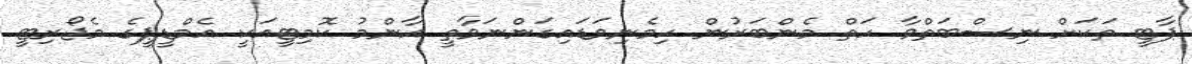
ޕާޓީ ތަކަށް ނިސްބަތްވާ ހަތް މެންބަރުން ހިމެނިވަޑައިގަންނަވާތީ އާންމު ކޮމިޓީއަކީ އެމްޑީޕީގެ މެޖޯރިޓީ